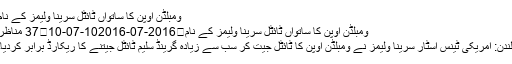
ومبلڈن اوپن کا ساتواں ٹائٹل سرینا ولیمز کے نام
ومبلڈن اوپن کا ساتواں ٹائٹل سرینا ولیمز کے نام	2016-07-102016-07-10	37 مناظر
لندن: امریکی ٹینس اسٹار سرینا ولیمز نے ومبلڈن اوپن کا ٹائٹل جیت کر سب سے زیادہ گرینڈ سلیم ٹائٹل جیتنے کا ریکارڈ برابر کردیا۔